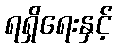
ရရှိရေးနှင့်